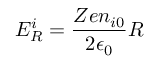
E _ { R } ^ { i } = \frac { Z e n _ { i 0 } } { 2 \epsilon _ { 0 } } R